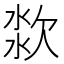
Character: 𱧆